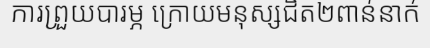
ការព្រួយបារម្ភ ក្រោយមនុស្សជិត២ពាន់នាក់